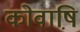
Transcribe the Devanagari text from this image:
कोवाष़ि